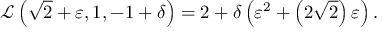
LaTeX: { \mathcal { L } } \left( { \sqrt { 2 } } + \varepsilon , 1 , - 1 + \delta \right) = 2 + \delta \left( \varepsilon ^ { 2 } + \left( 2 { \sqrt { 2 } } \right) \varepsilon \right) .